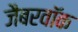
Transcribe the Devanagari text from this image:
जैबरवॉक